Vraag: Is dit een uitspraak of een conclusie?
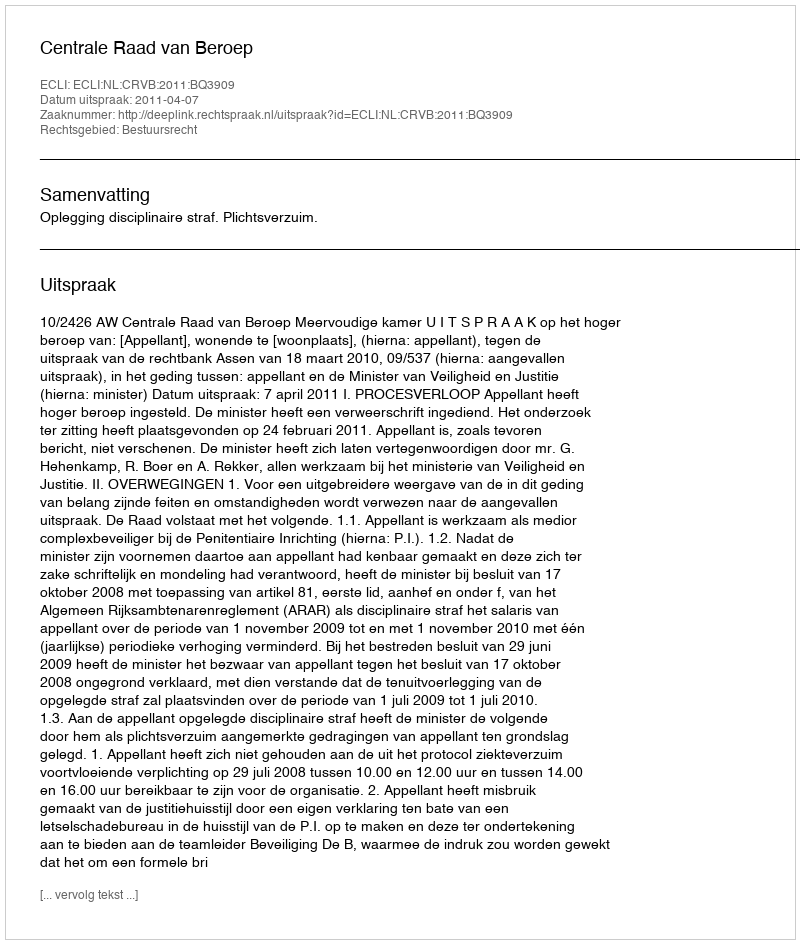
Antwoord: Uitspraak